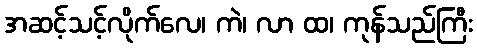
အဆင့်သင့်လိုက်လေ၊ ကဲ၊ လာ ထ၊ ကုန်သည်ကြီး